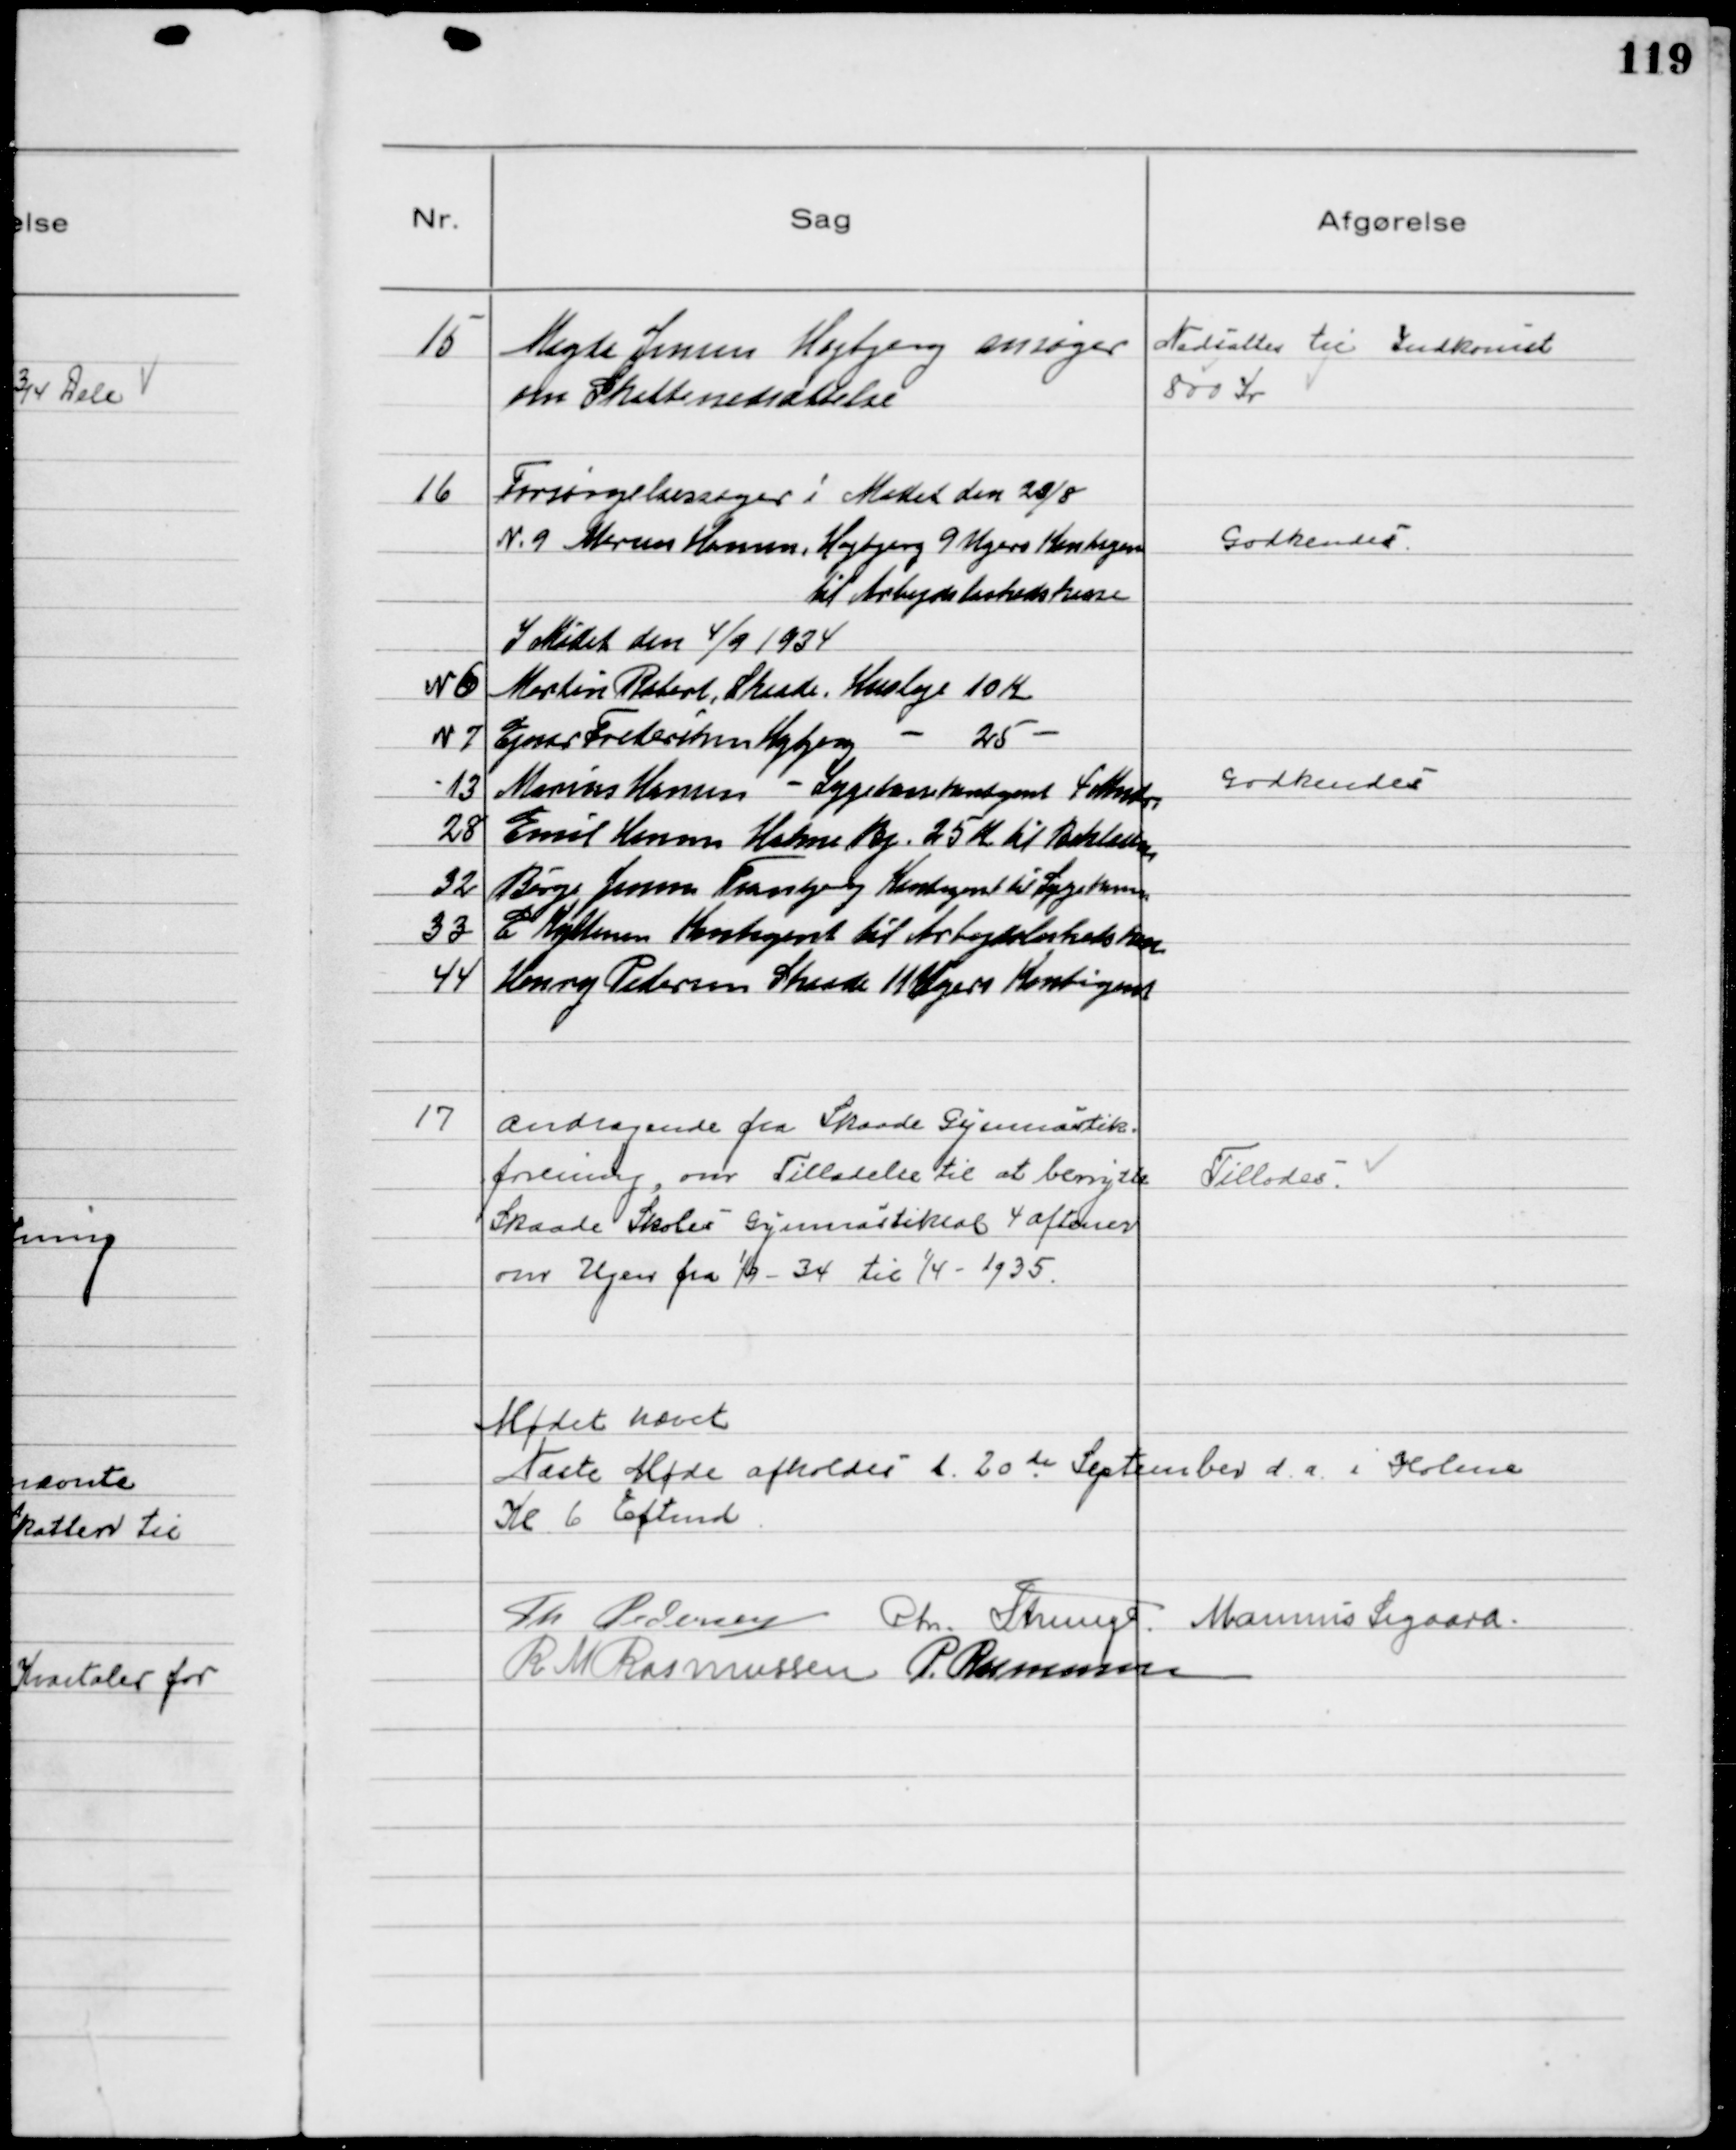
Transskription:
15
Magda Jensen Højbjerg ansøger
om Skattenedsættelse

Nedsattes til Indkomstr
800 Kr

16
Forsørgelsessager i Mødet den 20/8
№ 9 Marius Hansen, Højbjerg 9 Ugers Kontigent
til Arbejdsløshedskasse

Godkendes

I Mødet den 4/9 1934
N 6 Martin Robert, Skaade, Husleje 10 Kr
N 7 Ejner Frederiksen Højbjerg  - 25  
13 Marius Hansen  - Sygekassekontigent 4 Maaneder
28 Emil Hansen Holme By. 25 Kr til Beklædn
32 Børge Jensen Tranbjerg Kontigent til Sygekassen
33 E Kyttenen Kontigent til Arbejdsløshedskassen
44 Henry Pedersen Skaade 11 Ugers Kontigent

Godkendes

17
Andragende fra Skaade Gymnastik-
-forening, om Tilladelse til at benytte
Skaade Skoles Gymnastiksal 4 Aftener
om Ugen fra 1/9 - 34 til 1/4 - 1935

Tillodes

Mødet hævet
Næste Møde afholdes d. 20 de September d. a. i Holme
Kl 6 Eftmd.
Th Pedersen Chr. Strunge Marinus Sigaard
R M Rasmussen P. Rasmussen